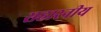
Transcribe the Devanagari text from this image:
सहारनीय